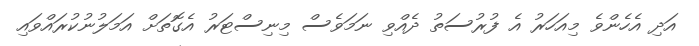
އަދި އެހެންވެ މިއަހަރު އެ ފުރުސަތު ދެއްވި ނަމަވެސް މިނިސްޓަރު އެގޮތަށް އަމަލުނުކުރައްވައި